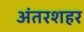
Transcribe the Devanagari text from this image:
अंतरशहर